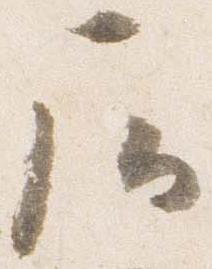
尼